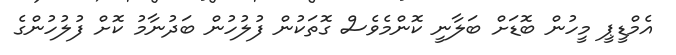
އެމްޑީޕީ މީހުން ބޮޑަށް ބަލާނީ ކޮންމެވެސް ގޮތަކުން ފުލުހުން ބަދުނާމު ކޮށް ފުލުހުންގެ